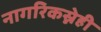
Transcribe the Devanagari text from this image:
नागरिकस्नेही